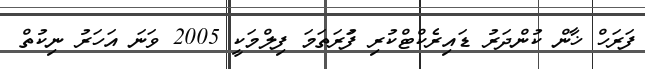
ފަރަހް ޚާން ކުންދަރު ޑައިރެކްޓްކުރި ފުަރަތަމަ ފިލްމަކީ 2005 ވަނަ އަހަރު ނިކުތް